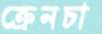
ক্রেনচা